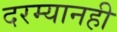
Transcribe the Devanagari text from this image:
दरम्यानही